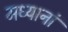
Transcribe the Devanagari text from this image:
मध्यानां